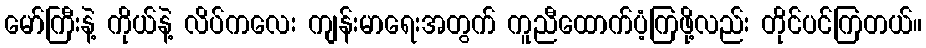
မော်ကြီးနဲ့ ကိုယ်နဲ့ လိပ်ကလေး ကျန်းမာရေးအတွက် ကူညီထောက်ပံ့ကြဖို့လည်း တိုင်ပင်ကြတယ်။